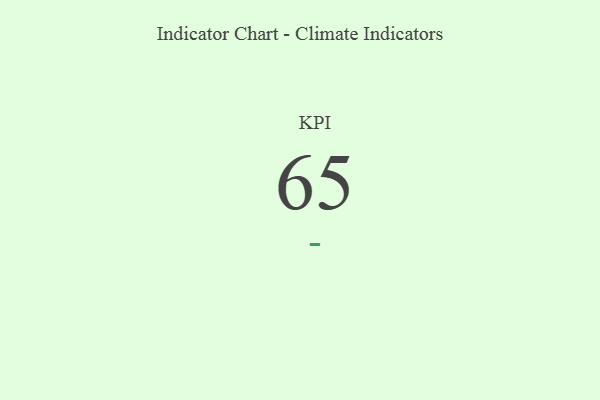
{"axis": {"x": "KPI", "y": "Value"}, "legend": [""], "data": [{"x": "KPI", "y": 65, "type": ""}]}